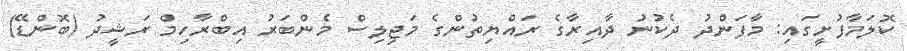
ކޮލަމާފުށީގައި: މާފަންދު ދެކުނު ދާއިރާގެ ރައްޔިތުންގެ މަޖިލިސް މެންބަރު އިބްރާހިމް ރަޝީދު (ބޮންޑޭ)